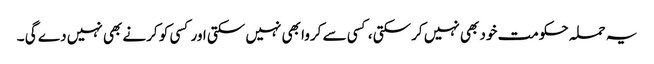
یہ حملہ حکومت خود بھی نہیں کرسکتی ، کسی سے کروا بھی نہیں سکتی اور کسی کو کرنے بھی نہیں دے گی ۔